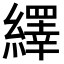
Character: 繹